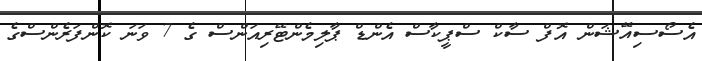
އެސޯސިއޭޝަން އޮފް ސާކް ސްޕީކާސް އެންޑް ޕާލިމެންޓޭރިއަންސް ގެ 7 ވަނަ ކޮންފަރެންސްގެ